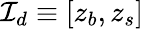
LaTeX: {\cal I}_{d}\equiv[z_{b},z_{s}]